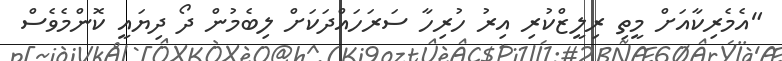
"އެމެރިކާއަށް މީތި ރިލީޒްކުރި އިރު ހުރިހާ ސަރަހައްދަކަށް ލިބެމުން ދޯ ދިޔައީ ކޮންމެވެސް